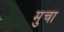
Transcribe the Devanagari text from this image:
मुचा